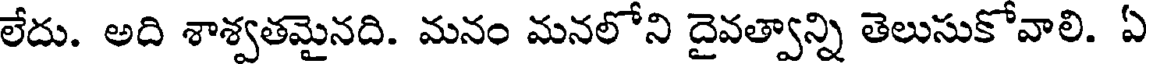
లేదు. అది శాశ్వతమైనది. మనం మనలోని దైవత్వాన్ని తెలుసుకోవాలి. ఏ